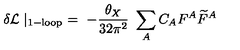
\delta { \cal L } \mid _ { \mathrm { 1 - l o o p } } \ = \ - \frac { \theta _ { X } } { 3 2 \pi ^ { 2 } } \ \sum _ { A } C _ { A } F ^ { A } \widetilde { F } ^ { A }